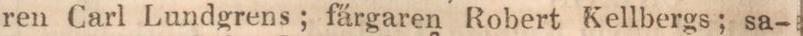
ren Carl Lundgrens; färgaren Robert Kellbergs; sa-